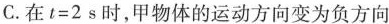
C.在$$t=2s$$时，甲物体的运动方向变为负方向